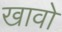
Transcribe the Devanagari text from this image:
खावो